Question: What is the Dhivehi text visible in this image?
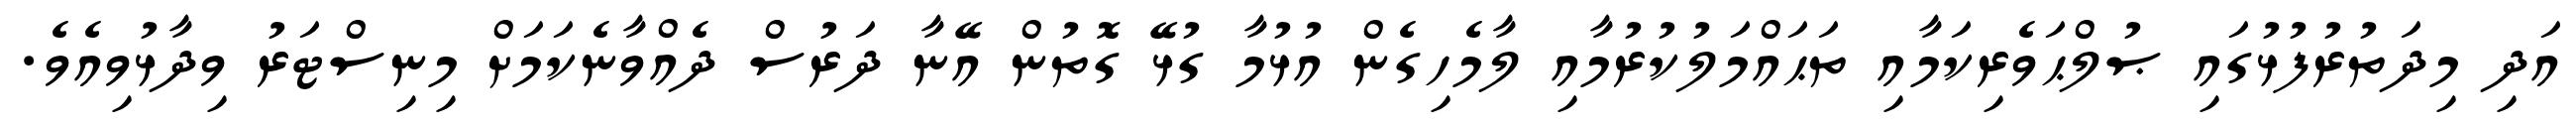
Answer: އަދި މިދަތުރުފުޅުގައި ޞުލްޙަވެރިކަމާއި ތަޙައްމަލުކުރުމާއި ލާމެހިގެން އުޅުމާ ގުޅޭ ގޮތުން އޭނާ ދަރުސް ދެއްވާނެކަމަށް މިނިސްޓަރު ވިދާޅުވިއެވެ.